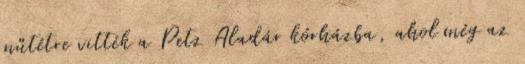
műtétre vitték a Petz Aladár kórházba, ahol még az